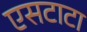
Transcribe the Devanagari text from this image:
एसटाटा